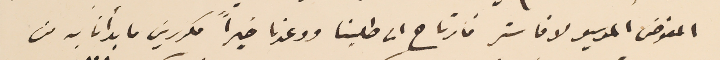
المفوض الموسيو لافاستر فارتاح الى طلبنا ووعدنا خيراً مكررينَ ما يدأنا به من